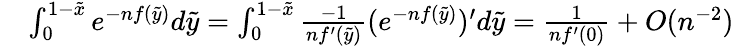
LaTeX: \begin{array}{rl}&{\int_{0}^{1-{\tilde{x}}}e^{-nf({\tilde{y}})}d{\tilde{y}}=\int_{0}^{1-{\tilde{x}}}\frac{-1}{nf^{\prime}({\tilde{y}})}(e^{-nf({\tilde{y}})})^{\prime}d{\tilde{y}}=\frac{1}{nf^{\prime}(0)}+O(n^{-2})}\end{array}